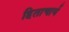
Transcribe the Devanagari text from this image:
हिताचार्य